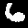
Label: 6